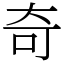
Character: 奇